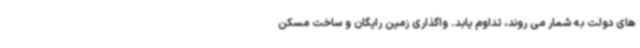
های دولت به شمار می روند، تداوم یابد. واگذاری زمین رایگان و ساخت مسکن